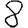
Digit: 8